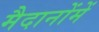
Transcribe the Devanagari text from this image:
मैदानोंमें